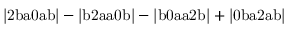
\mathrm { | 2 b a 0 a b | - | b 2 a a 0 b | - | b 0 a a 2 b | + | 0 b a 2 a b | }